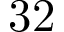
3 2